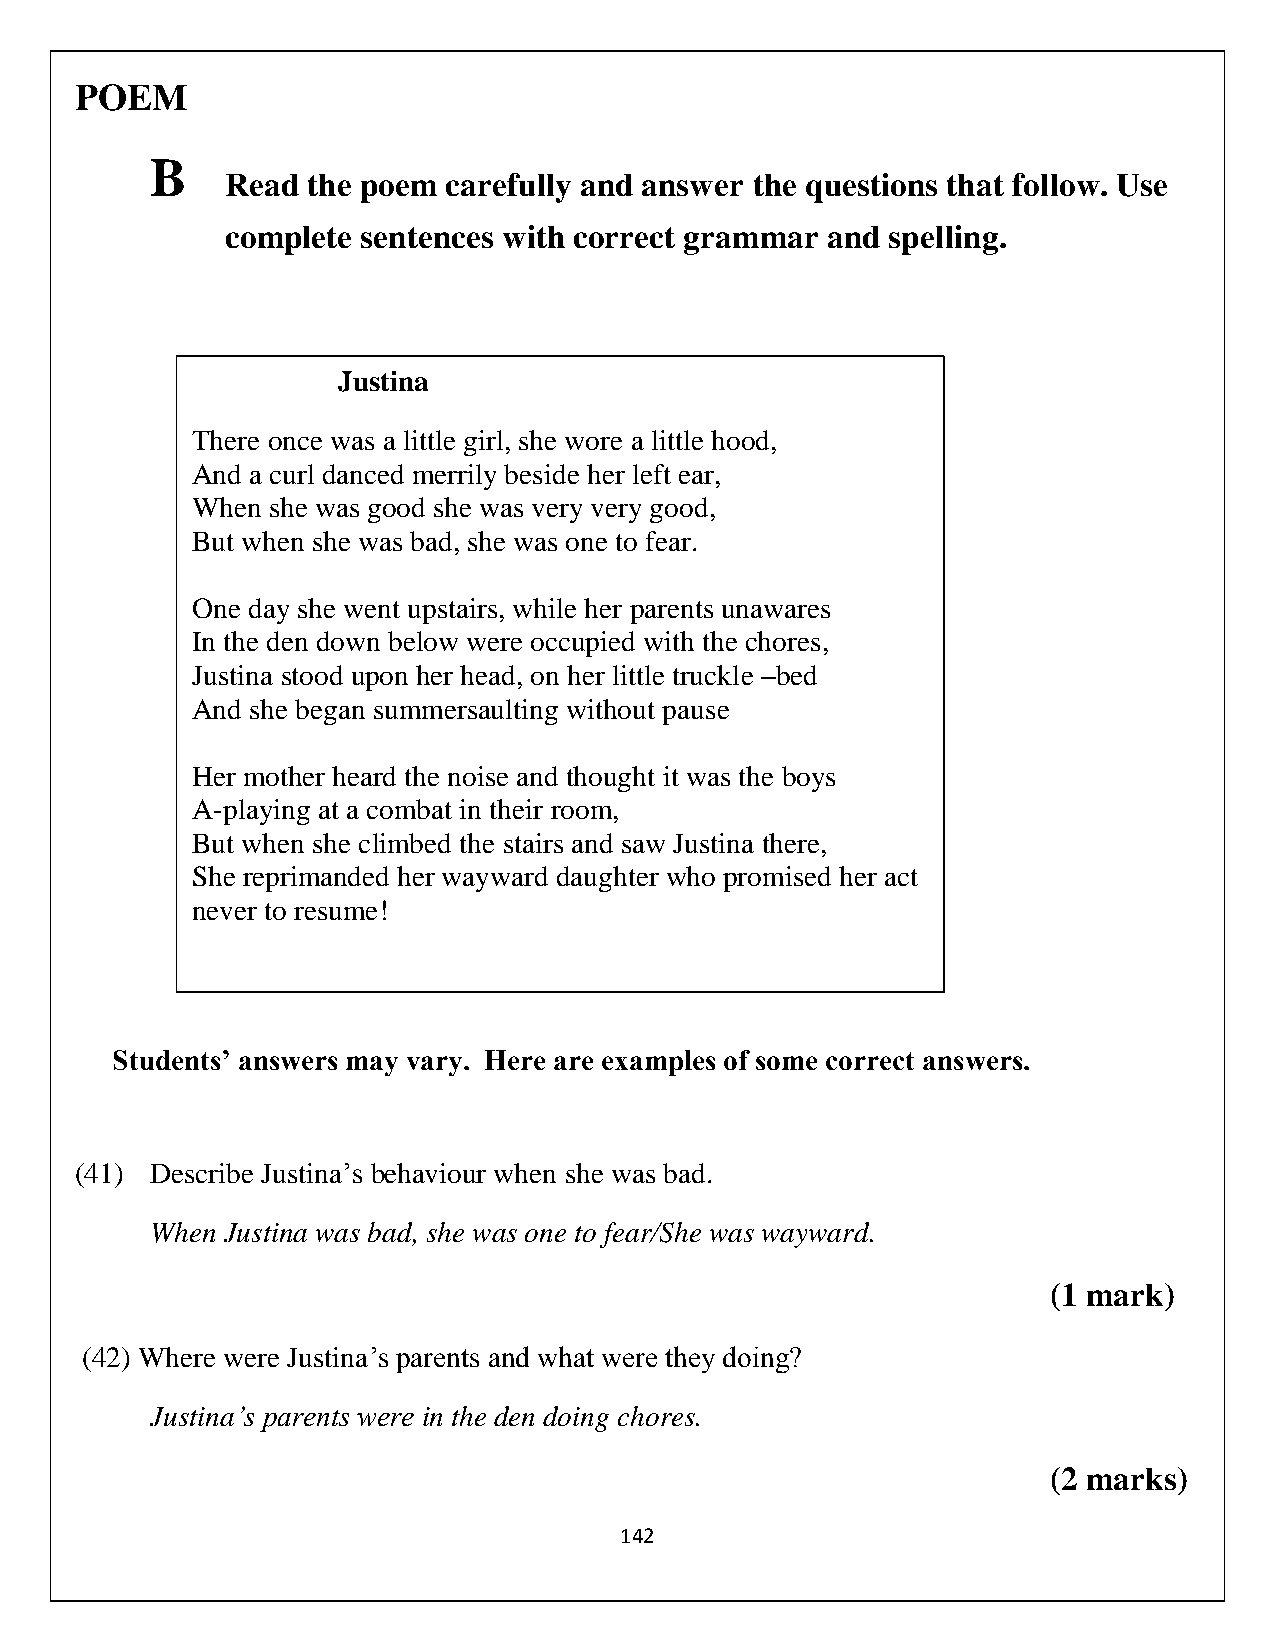
POEM
 B
 Read the poem  carefully and answer the questions that follow. Use
 complete sentences with correct grammar and spelling.
 Justina
 There once was a little girl, she wore a little hood,
 And a curl danced merrily beside her left ear,
 When she was good she was very very good,
 But when she was bad, she was one to fear.
 One day she went upstairs, while her parents unawares
 In the den down below were occupied with the chores,
 Justina stood upon her head, on her little truckle –bed
 And she began summersaulting without pause
 Her mother heard the noise and thought it was the boys
 A-playing at a combat in their room,
 But when she climbed the stairs and saw Justina there,
 She reprimanded her wayward daughter who promised her act
 never to resume!
 Students’ answers may vary. Here are examples of some correct answers.
 (41) Describe Justina’s behaviour when she was bad.
 When Justina was bad, she was one to fear/She was wayward.
 (1 mark)
 (42) Where were Justina’s parents and what were they doing?
 Justina’s parents were in the den doing chores.
 (2 marks)
 142